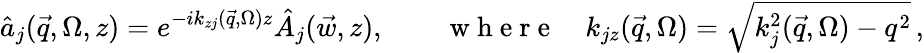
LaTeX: \hat{a}_{j}(\vec{q},\Omega,z)=e^{-ik_{zj}(\vec{q},\Omega)z}\hat{A}_{j}(\vec{w},z),\qquad\mathrm{~w~h~e~r~e~}\quad k_{jz}(\vec{q},\Omega)=\sqrt{k_{j}^{2}(\vec{q},\Omega)-q^{2}}\, ,